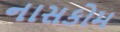
નાસકોમ